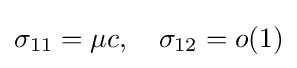
\sigma _{11}=\mu c,\quad \sigma _{12}=o(1)